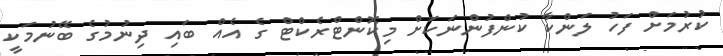
ކުރުމަށް ފަހު ލަންކާ ކުންފުންނަކަށް މިކޮންޓްރެކްޓް ގެ އެެއް ބައި ދިނުމުގެ ބޭނުމަކީ